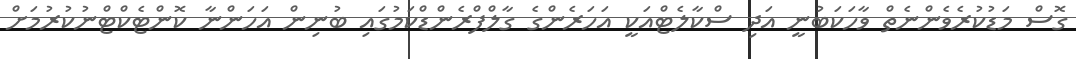
ގޮސް މަޑުކުރެވެންނެތް ވާހަކަބުނީ އަދި ސްކާލެޓްއަކީ އަހަރެންގެ ގާލްފްރެންޑްކަމުގައި ބުނިން އަހަންނާ ކޮންޓެކްޓްނުކުރުމަށް